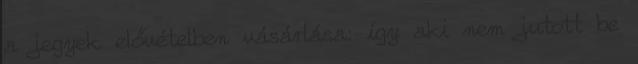
a jegyek elővételben vásárlása: így aki nem jutott be